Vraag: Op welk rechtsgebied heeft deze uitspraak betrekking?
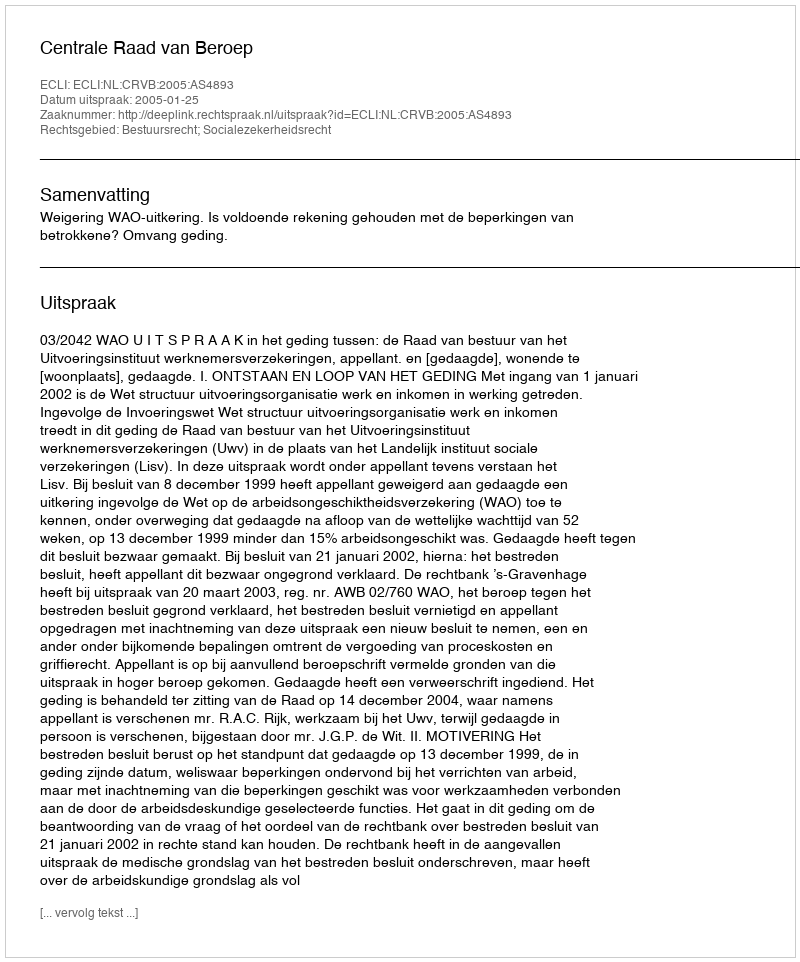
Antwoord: Bestuursrecht; Socialezekerheidsrecht